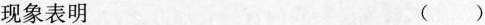
现象表明()